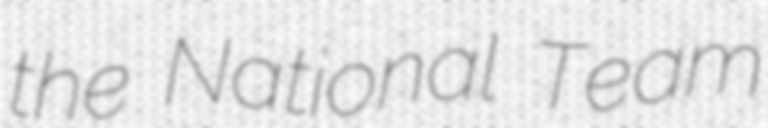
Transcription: the National Team